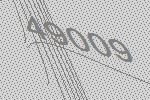
49009